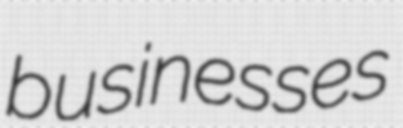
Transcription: businesses